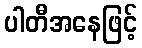
ပါတီအနေဖြင့်